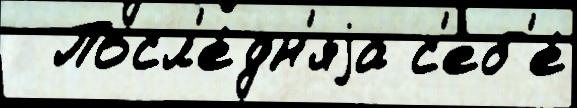
  Посл'е́дн'яjа с'еб'е́